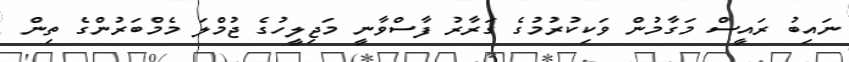
ނައިބު ރައީސް މަގާމުން ވަކިކުރުމުގެ ގަރާރު ފާސްވާނީ މަޖިލީހުގެ ޖުމްލަ މެމްބަރުންގެ ތިން